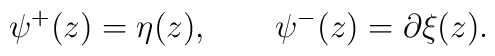
\psi^+(z) = \eta(z), \qquad \psi^-(z) = \partial\xi(z).